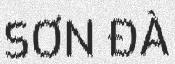
SƠN ĐÀ